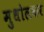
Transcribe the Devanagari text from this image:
मुधोलकर